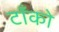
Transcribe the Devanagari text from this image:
टाँको